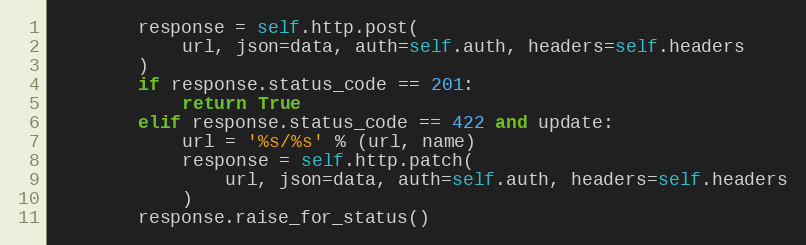
Language: Python
        response = self.http.post(
            url, json=data, auth=self.auth, headers=self.headers
        )
        if response.status_code == 201:
            return True
        elif response.status_code == 422 and update:
            url = '%s/%s' % (url, name)
            response = self.http.patch(
                url, json=data, auth=self.auth, headers=self.headers
            )
        response.raise_for_status()